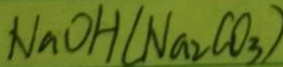
N a O H ( N a _ { 2 } C O _ { 3 } )